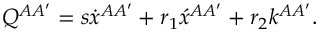
Q ^ { A A ^ { \prime } } = s \dot { x } { } ^ { A A ^ { \prime } } + r _ { 1 } \acute { x } { } ^ { A A ^ { \prime } } + r _ { 2 } k ^ { A A ^ { \prime } } .